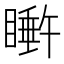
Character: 𬑩